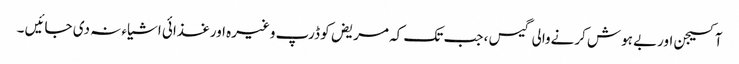
آکسیجن اوربے ہوش کرنےوالی گیس ، جب تک کہ مریض کو ڈرپ وغیرہ اورغذائی اشیاء نہ دی جائیں ۔